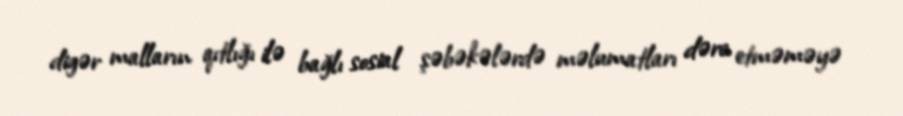
digər malların qıtlığı ilə bağlı sosial şəbəkələrdə məlumatları dərc etməməyə